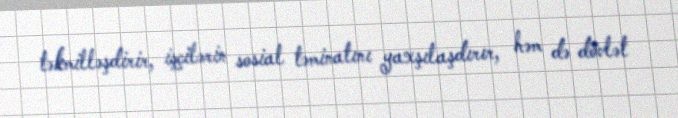
təkmilləşdirir, işçilərin sosial təminatını yaxşılaşdırır, həm də dövlət